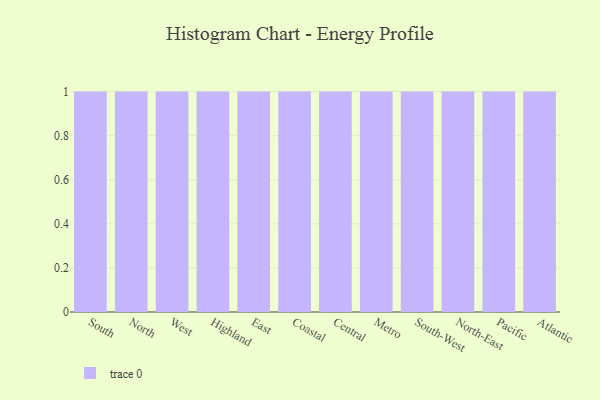
{"axis": {"x": "Region", "y": "Shipments"}, "legend": [""], "data": [{"x": "South", "y": 21, "type": ""}, {"x": "North", "y": 94, "type": ""}, {"x": "West", "y": 13, "type": ""}, {"x": "Highland", "y": 64, "type": ""}, {"x": "East", "y": 36, "type": ""}, {"x": "Coastal", "y": 7, "type": ""}, {"x": "Central", "y": 18, "type": ""}, {"x": "Metro", "y": 24, "type": ""}, {"x": "South-West", "y": 87, "type": ""}, {"x": "North-East", "y": 43, "type": ""}, {"x": "Pacific", "y": 95, "type": ""}, {"x": "Atlantic", "y": 62, "type": ""}]}